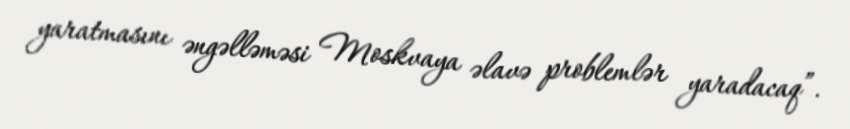
yaratmasını əngəlləməsi Moskvaya əlavə problemlər yaradacaq”.